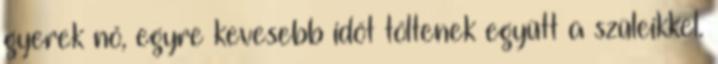
gyerek nő, egyre kevesebb időt töltenek együtt a szüleikkel.